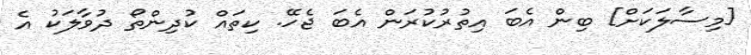
[މިސާލަކަށް] ބިން އެބަ އިތުރުކުރަން އެބަ ޖެހޭ. ކިތައް ކުދިންތޯ ދުވާލަކު އެ